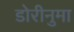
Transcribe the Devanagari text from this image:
डोरीनुमा